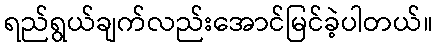
ရည်ရွယ်ချက်လည်းအောင်မြင်ခဲ့ပါတယ်။